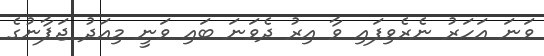
ވަނަ އަހަރު ނެރެވިފައި ވާ އިރު ދެވަނަ ބައި ވަނީ މިއަދު ޖަޕާނުގެ